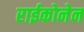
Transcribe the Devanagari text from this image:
राईकोनेन